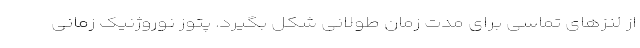
از لنزهای تماسی برای مدت زمان طولانی شکل بگیرد. پتوز نوروژنیک زمانی